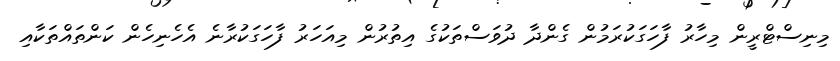
މިނިސްޓްރީން މިހާރު ފާހަގަކުރަމުން ގެންދާ ދުވަސްތަކުގެ އިތުރުން މިއަހަރު ފާހަގަކުރާނެ އެހެނިހެން ކަންތައްތަކާއި